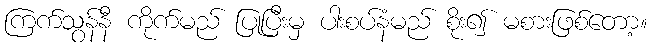
ကြက်သွန်နီ ကိုက်မည် ပြုပြီးမှ ပါးစပ်နံမည် စိုး၍ မစားဖြစ်တော့။